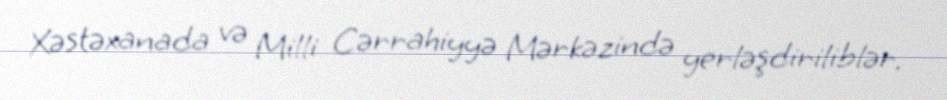
Xəstəxanada və Milli Cərrahiyyə Mərkəzində yerləşdiriliblər.